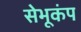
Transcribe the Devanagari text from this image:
सेभूकंप